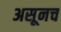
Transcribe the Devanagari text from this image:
असूनच